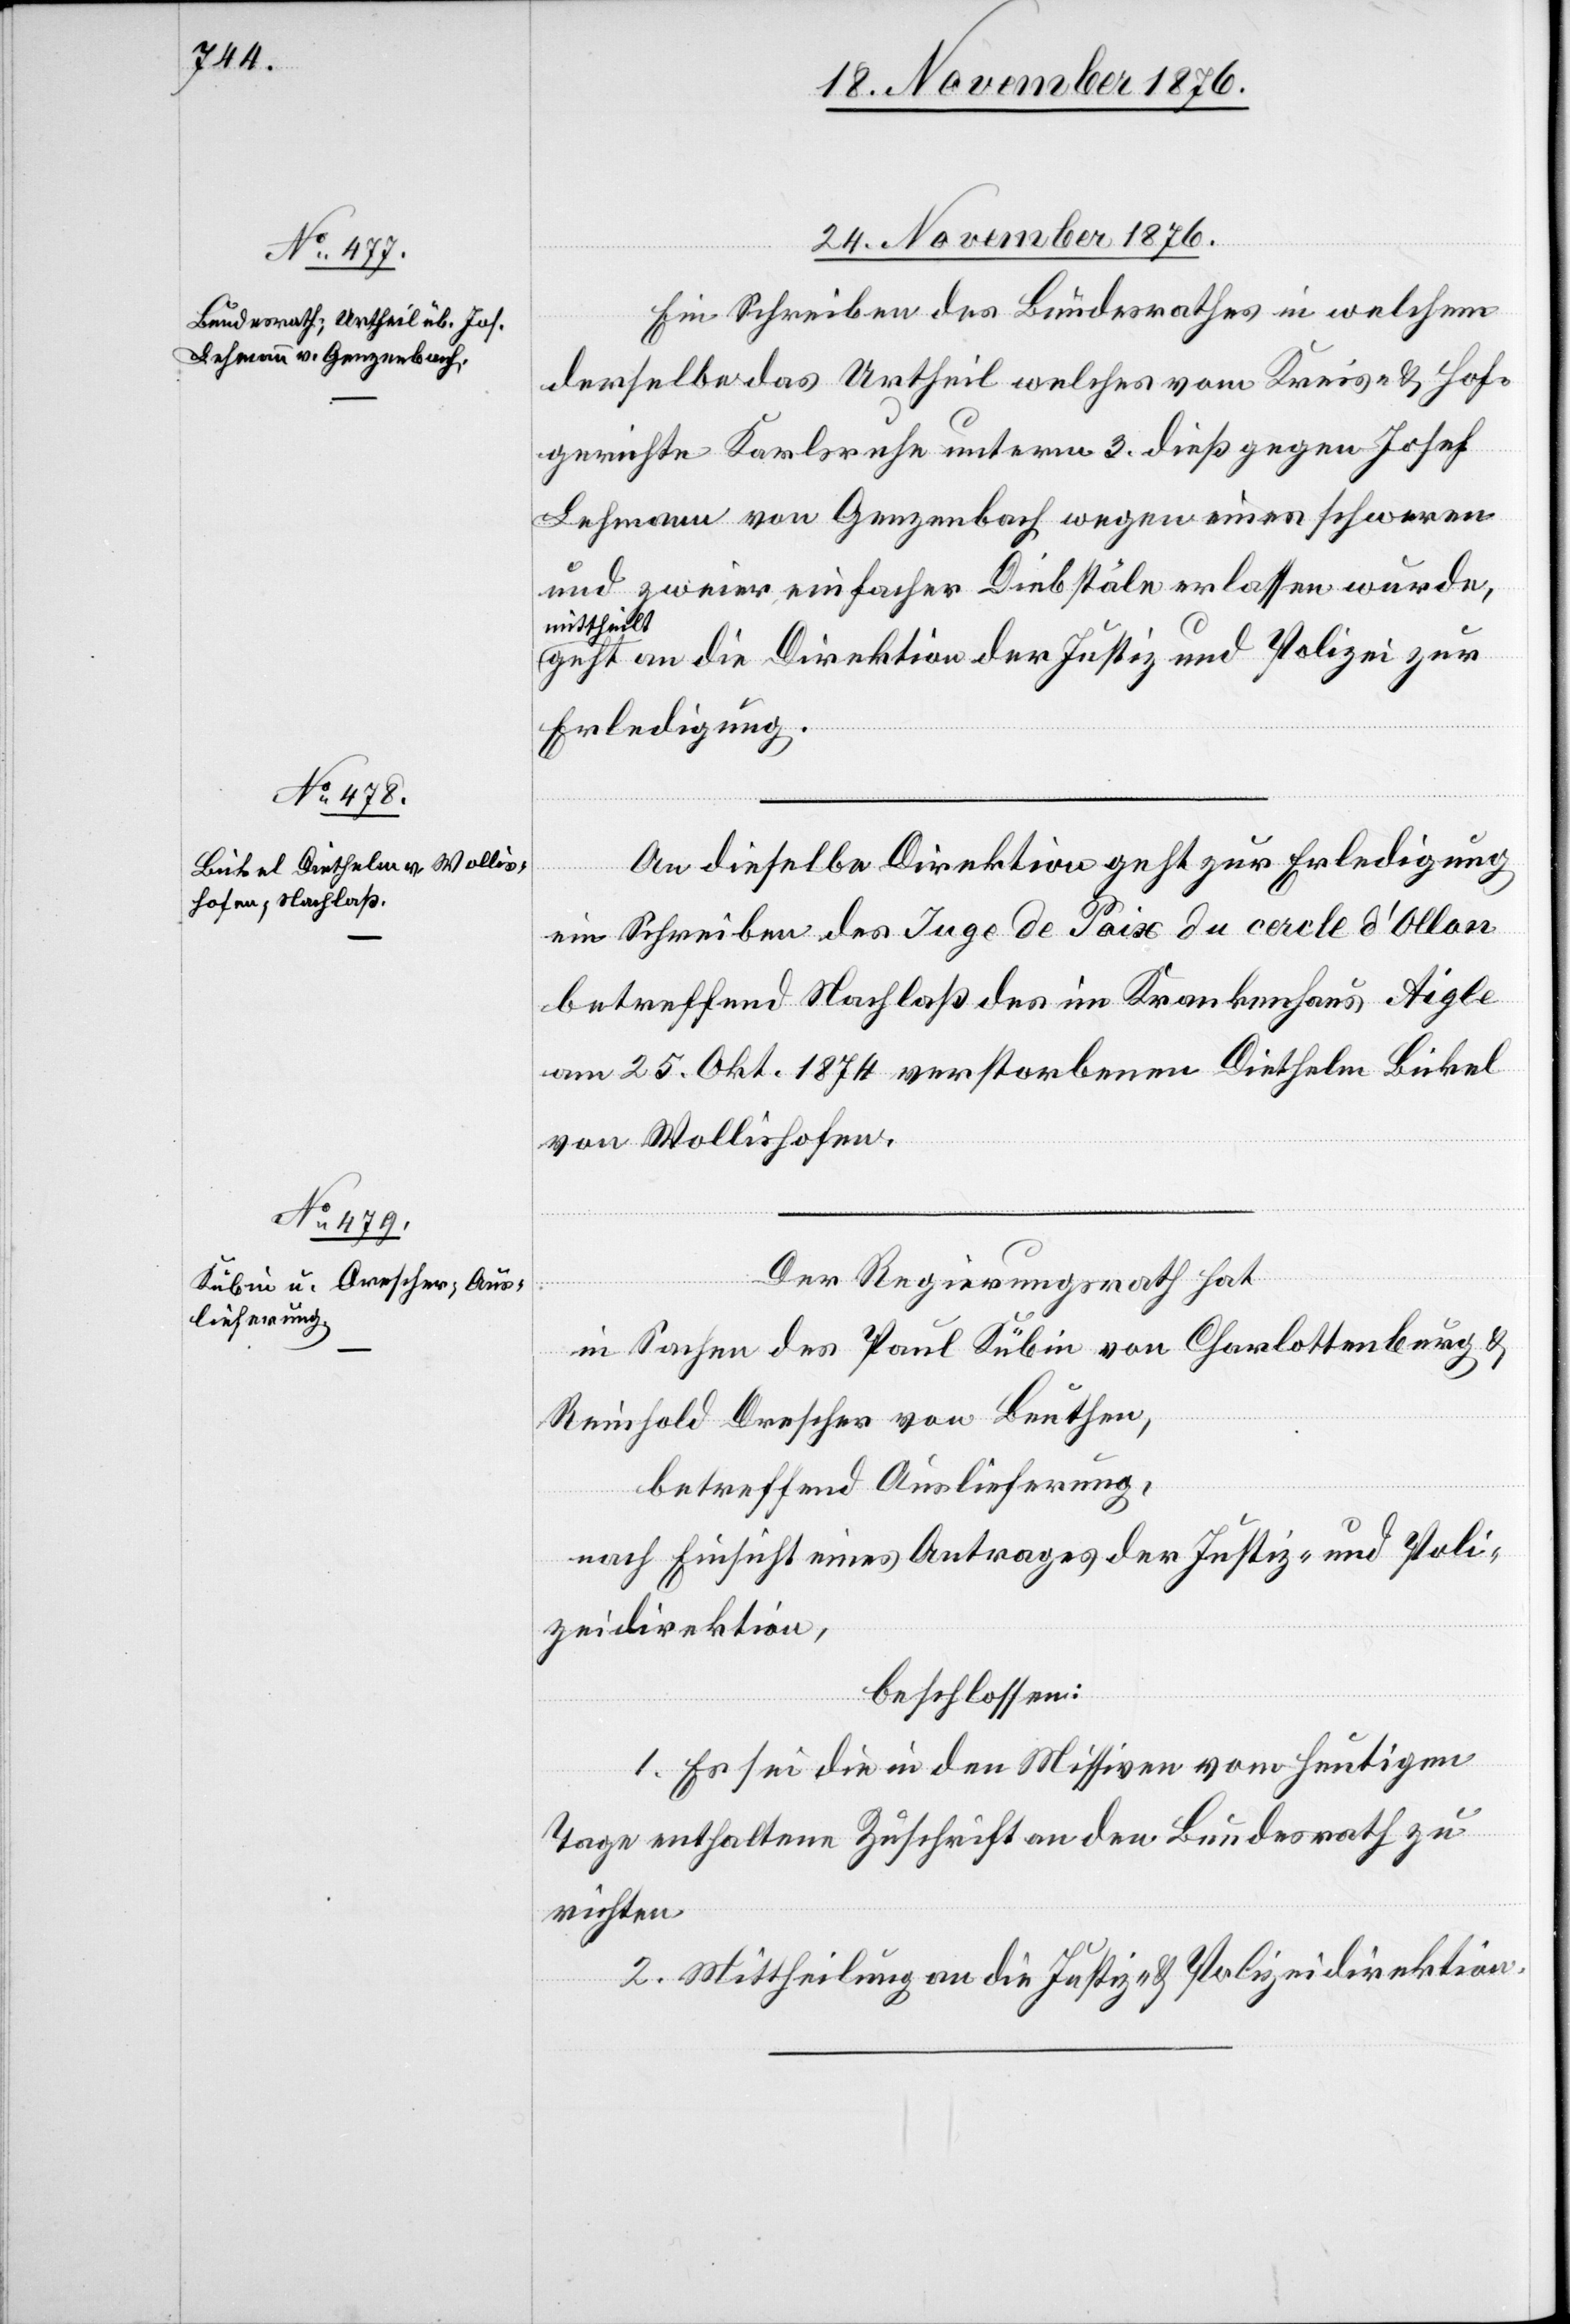
Nov.

24.
Nov. 1876.

Ein Schreiben des Bundesrathes in welchem
derselbe das Urtheil welches vom Kreis- & Hof¬
gerichte Karlsruhe unterm 3. dieß gegen Josef
Lehmann von Genzenbach wegen eines schweren
und zweier einfacher Diebstäle erlassen wurde,
mittheilt
geht an die Direktion der Justiz und Polizei zur
Erledigung.
An dieselbe Direktion geht zur Erledigung
ein Schreiben des Juge de Paix de cercle d’Allon
betreffend Nachlaß des im Krankenhaus Aigle
am 25. Okt. 1874 verstorbenen Diethelm Bickel
von Wollishofen.
Der Regierungsrath hat
in Sachen des Paul Kübin von Charlottenburg &
Reinhold Drescher von Beuthen,
betreffend Auslieferung,
nach Einsicht eines Antrages der Justiz- und Poli¬
zeidirektion,
beschlossen:
1. Es sei die in den Missiven vom heutigen
Tage enthaltene Zuschrift an den Bundesrath zu
richten
2. Mittheilung an die Justiz- & Polizeidirektion.